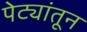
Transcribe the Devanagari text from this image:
पेट्यांतून